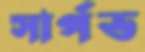
সার্পভ